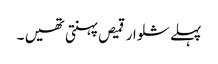
پہلے شلوار قمیص پہنتی تھیں ۔